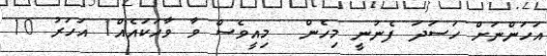
އަހަންނަށް ހަސަދަ ފެނުނީ މިހެން  މިއީވެސް ވާ ވާހަކައެއް1 އަހަރު 10